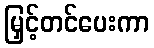
မြှင့်တင်ပေးကာ